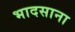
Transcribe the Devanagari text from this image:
भादसाना